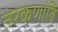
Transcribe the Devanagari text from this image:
तेरकणांबि